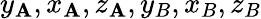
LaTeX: y_{\mathbf{A}},x_{\mathbf{A}},z_{\mathbf{A}},y_{B},x_{B},z_{B}